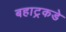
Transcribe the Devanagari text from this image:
बहाट्रकडे